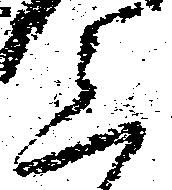
三